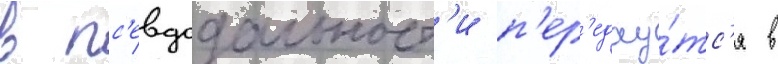
в пс'евдодальност'и п'ер'едау́тс'я в